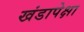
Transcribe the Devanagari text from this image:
खंडापेक्षा